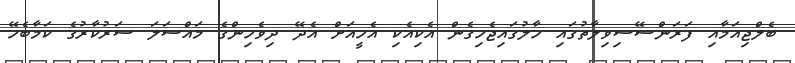
ބެލްޖިއަމާއި ފަރަންސޭސިވިލާތުގައި ހާލުގައިޖެހިގެން އެކިއެކި އެހީއަށް އެދޭ ދިވެހިންގެ މައްސަލަ ސަރުކާރުގެ ކަމާބެހޭ